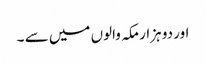
اور دو ہزار مکہ والوں میں سے ۔